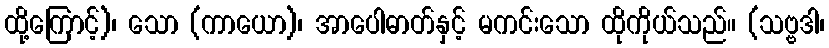
ထို့ကြောင့်)၊ သော (ကာယော)၊ အာပေါဓာတ်နှင့် မကင်းသော ထိုကိုယ်သည်။ (သဗ္ဗဒါ၊